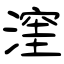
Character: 漥